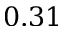
0 . 3 1